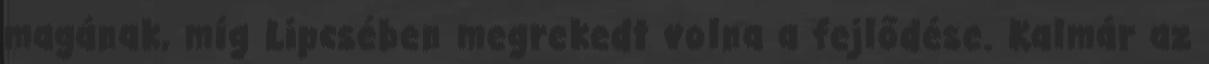
magának, míg Lipcsében megrekedt volna a fejlődése. Kalmár az